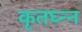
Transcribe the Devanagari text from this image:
कृतघ्न्न